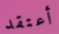
أعتقد